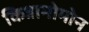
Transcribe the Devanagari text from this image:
किन्नामोमोन